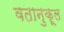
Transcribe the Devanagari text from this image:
वतानुकूल